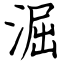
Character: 淈